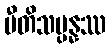
ပီတိသမ္ပန္နဿ